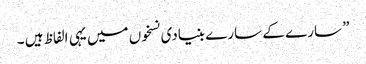
” سارے کے سارے بنیادی نسخوں میں یہی الفاظ ہیں ۔